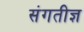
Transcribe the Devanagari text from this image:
संगतीज्ञ